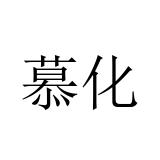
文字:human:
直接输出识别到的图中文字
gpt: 慕化